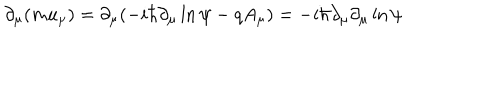
LaTeX: \partial _ { \mu } ( m u _ { \mu } ) = \partial _ { \mu } ( - i \hbar \partial _ { \mu } \ln \psi - q A _ { \mu } ) = - i \hbar \partial _ { \mu } \partial _ { \mu } \ln \psi